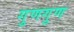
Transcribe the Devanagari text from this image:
गुणगुण